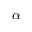
\alpha